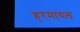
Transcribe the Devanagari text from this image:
हरमायल